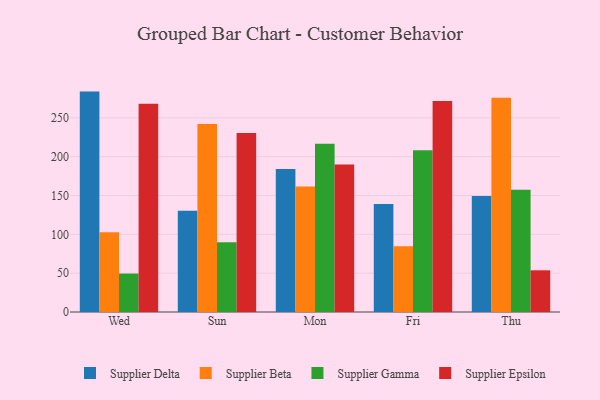
{"axis": {"x": "Day", "y": "Customer Acquisition Cost (USD)"}, "legend": ["Supplier Beta", "Supplier Delta", "Supplier Epsilon", "Supplier Gamma"], "data": [{"x": "Wed", "y": 283.8, "type": "Supplier Delta"}, {"x": "Wed", "y": 102.8, "type": "Supplier Beta"}, {"x": "Wed", "y": 49.5, "type": "Supplier Gamma"}, {"x": "Wed", "y": 268.0, "type": "Supplier Epsilon"}, {"x": "Sun", "y": 130.5, "type": "Supplier Delta"}, {"x": "Sun", "y": 242.1, "type": "Supplier Beta"}, {"x": "Sun", "y": 89.9, "type": "Supplier Gamma"}, {"x": "Sun", "y": 230.4, "type": "Supplier Epsilon"}, {"x": "Mon", "y": 184.1, "type": "Supplier Delta"}, {"x": "Mon", "y": 161.7, "type": "Supplier Beta"}, {"x": "Mon", "y": 216.8, "type": "Supplier Gamma"}, {"x": "Mon", "y": 189.8, "type": "Supplier Epsilon"}, {"x": "Fri", "y": 139.0, "type": "Supplier Delta"}, {"x": "Fri", "y": 84.6, "type": "Supplier Beta"}, {"x": "Fri", "y": 208.2, "type": "Supplier Gamma"}, {"x": "Fri", "y": 271.8, "type": "Supplier Epsilon"}, {"x": "Thu", "y": 149.5, "type": "Supplier Delta"}, {"x": "Thu", "y": 276.0, "type": "Supplier Beta"}, {"x": "Thu", "y": 157.4, "type": "Supplier Gamma"}, {"x": "Thu", "y": 53.7, "type": "Supplier Epsilon"}]}